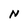
Character: N